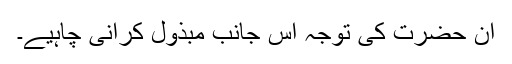
ان حضرت کی توجہ اس جانب مبذول کرانی چاہیے۔